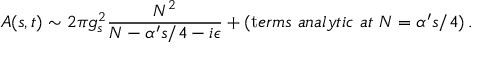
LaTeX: A ( s , t ) \sim 2 \pi g _ { s } ^ { 2 } { \frac { N ^ { 2 } } { N - \alpha ^ { \prime } s / 4 - i \epsilon } } + ( { \mathrm t e r m s ~ a n a l y t i c ~ a t } ~ N = \alpha ^ { \prime } s / 4 ) \, .